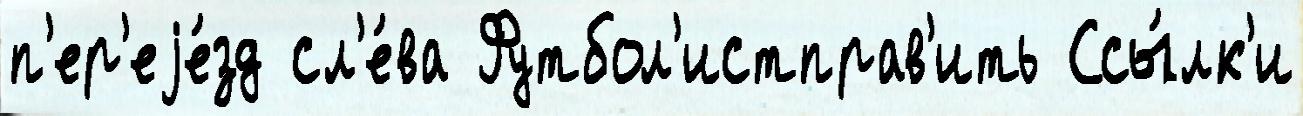
п'ер'еjе́зд сл'е́ва Футбол'истправ'ить Ссы́лк'и